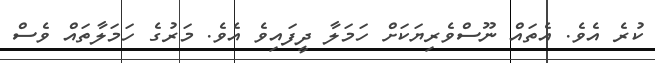
ކުރެ އެވެ. އެތައް ނޫސްވެރިޔަކަށް ހަމަލާ ދީފައިވެ އެވެ. މަރުގެ ހަމަލާތައް ވެސް